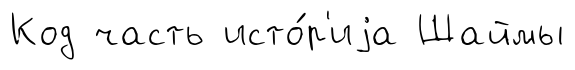
Код часть исто́р'иjа Шаймы